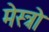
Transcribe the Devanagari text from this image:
मेस्त्रो